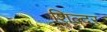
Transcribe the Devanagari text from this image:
शिल्दर